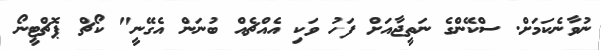
ނުވާނެކަމަށް. ސްކޭންގެ ނަތީޖާއަށް ފަހު ވަކި އެއްޗެއް ބުނަން އެގޭނީ" ކޯޗް ޕޮޗްޓީނޯ